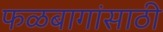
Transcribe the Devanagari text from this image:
फळबागांसाठी